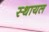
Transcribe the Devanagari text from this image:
स्थायल